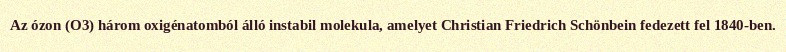
Az ózon (O3) három oxigénatomból álló instabil molekula, amelyet Christian Friedrich Schönbein fedezett fel 1840-ben.